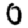
Digit: 0